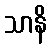
သာနိ